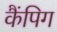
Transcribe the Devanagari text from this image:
कैंपिग